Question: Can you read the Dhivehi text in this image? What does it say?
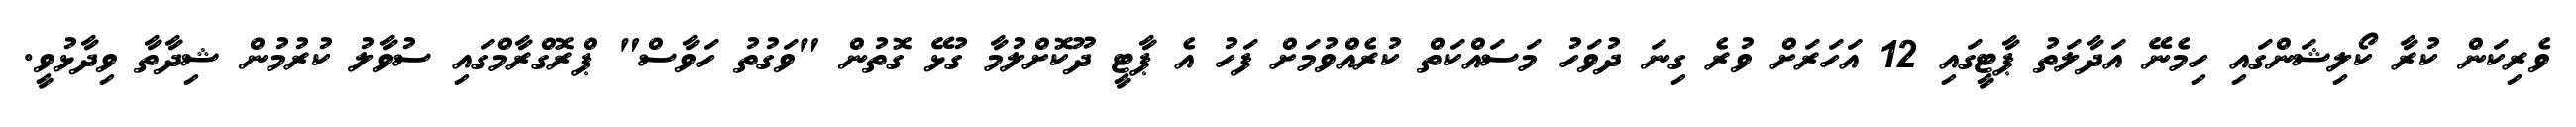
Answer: ވެރިކަން ކުރާ ކޯލިޝަންގައި ހިމެނޭ އަދާލަތު ޕާޓީގައި 12 އަހަރަށް ވުރެ ގިނަ ދުވަހު މަސައްކަތް ކުރެއްވުމަށް ފަހު އެ ޕާޓީ ދޫކޮށްލުމާ ގުޅޭ ގޮތުން "ވަގުތު ހަވާސް" ޕްރޮގްރާމްގައި ސުވާލު ކުރުމުން ޝިދާތާ ވިދާޅުވީ.